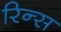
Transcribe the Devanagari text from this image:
रिन्स